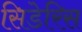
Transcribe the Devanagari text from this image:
सिडेरिस